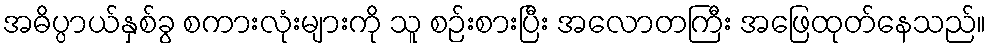
အဓိပ္ပာယ်နှစ်ခွ စကားလုံးများကို သူ စဉ်းစားပြီး အလောတကြီး အဖြေထုတ်နေသည်။